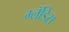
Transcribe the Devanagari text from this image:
ग्लॅडिस